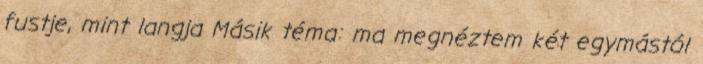
fustje, mint langja Másik téma: ma megnéztem két egymástól